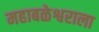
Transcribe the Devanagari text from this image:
महाबळेश्वराला